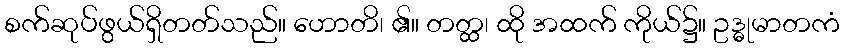
စက်ဆုပ်ဖွယ်ရှိတတ်သည်။ ဟောတိ၊ ၏။ တတ္ထ၊ ထို အထက် ကိုယ်၌။ ဥဒ္ဓုမာတကံ